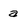
Character: a